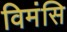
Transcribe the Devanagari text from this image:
विमंसि